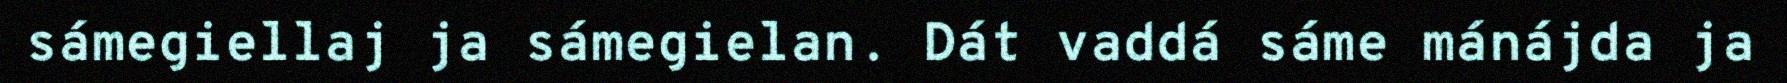
sámegiellaj ja sámegielan. Dát vaddá sáme mánájda ja